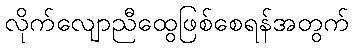
လိုက်လျောညီထွေဖြစ်စေရန်အတွက်